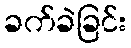
ခက်ခဲခြင်း